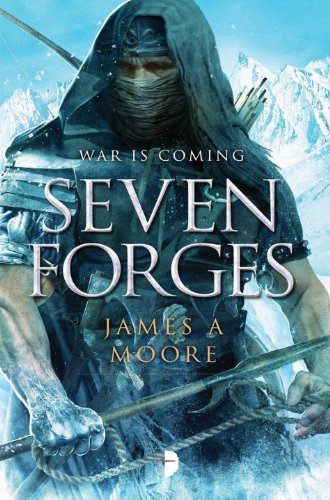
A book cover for Seven Forges: Seven Forges, Book I; James A. Moore; Science Fiction & Fantasy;